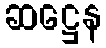
ဆဋ္ဌေန